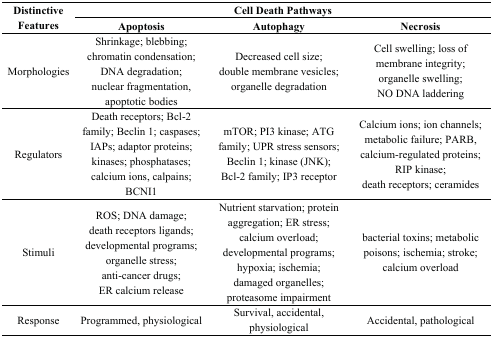
<table><thead><tr><td rowspan="2"><b>Distinctive Features</b></td><td colspan="3"><b>Cell Death Pathways</b></td></tr><tr><td><b>Apoptosis</b></td><td><b>Autophagy</b></td><td><b>Necrosis</b></td></tr></thead><tbody><tr><td>Morphologies</td><td>Shrinkage; blebbing; chromatin condensation; DNA degradation; nuclear fragmentation, apoptotic bodies</td><td>Decreased cell size; double membrane vesicles; organelle degradation</td><td>Cell swelling; loss of membrane integrity; organelle swelling; NO DNA laddering</td></tr><tr><td>Regulators</td><td>Death receptors; Bcl-2 family; Beclin 1; caspases; IAPs; adaptor proteins; kinases; phosphatases; calcium ions, calpains; BCNI1</td><td>mTOR; PI3 kinase; ATG family; UPR stress sensors; Beclin 1; kinase (JNK); Bcl-2 family; IP3 receptor</td><td>Calcium ions; ion channels; metabolic failure; PARB, calcium-regulated proteins; RIP kinase; death receptors; ceramides</td></tr><tr><td>Stimuli</td><td>ROS; DNA damage; death receptors ligands; developmental programs; organelle stress; anti-cancer drugs; ER calcium release</td><td>Nutrient starvation; protein aggregation; ER stress; calcium overload; developmental programs; hypoxia; ischemia; damaged organelles; proteasome impairment</td><td>bacterial toxins; metabolic poisons; ischemia; stroke; calcium overload</td></tr><tr><td>Response</td><td>Programmed, physiological</td><td>Survival, accidental, physiological</td><td>Accidental, pathological</td></tr></tbody></table>